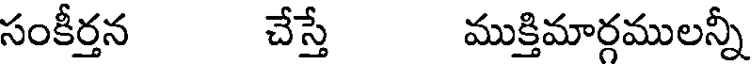
సంకీర్తన చేస్తే ముక్తిమార్గములన్నీ